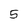
Character: 5